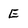
Character: E